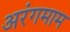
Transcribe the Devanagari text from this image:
अरंगमाम